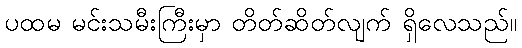
ပထမ မင်းသမီးကြီးမှာ တိတ်ဆိတ်လျက် ရှိလေသည်။